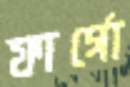
ফার্গো